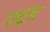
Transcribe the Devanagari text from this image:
पद्मम